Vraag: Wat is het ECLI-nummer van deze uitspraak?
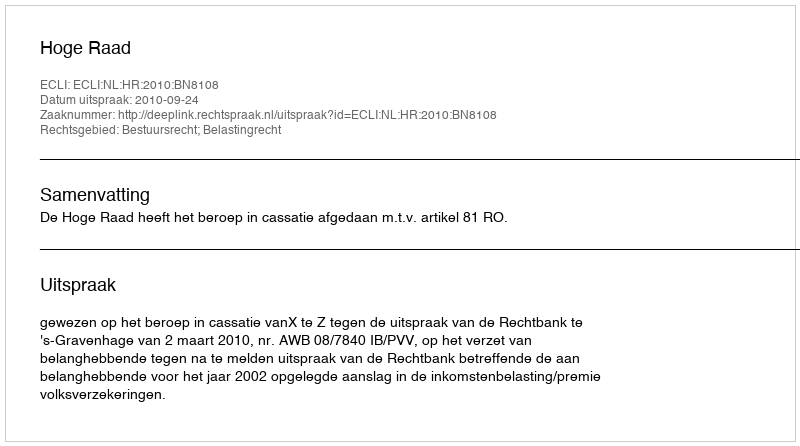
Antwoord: ECLI:NL:HR:2010:BN8108